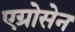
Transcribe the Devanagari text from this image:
एग्रोसेन